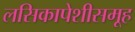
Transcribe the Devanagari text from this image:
लसिकापेशीसमूह